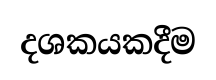
දශකයකදීම